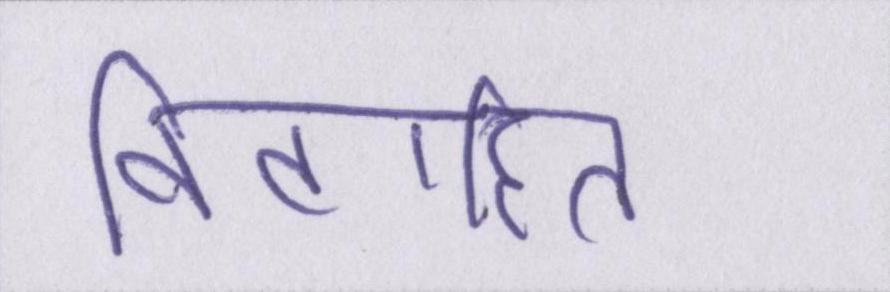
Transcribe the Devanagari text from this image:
विवाहित